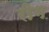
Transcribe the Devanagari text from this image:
रीग